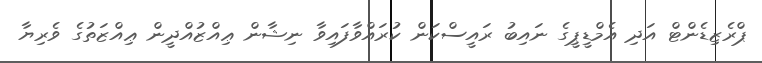
ޕްރެޒިޑެންޓް އަދި އެމްޑީޕީގެ ނައިބު ރައީސްކަން ކުރައްވާފައިވާ ނިޝާން ޢިއްޒުއްދީން ޢިއްޒަތުގެ ވެރިޔާ